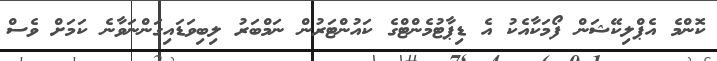
ކޮންމެ އެޕްލިކޭޝަން ފޯމަކާއެކު އެ ޑިޕާޓުމެންޓްގެ ކައުންޓަރުން ނަމްބަރު ލިބިވަޑައިގަންނަވާނެ ކަމަށް ވެސް